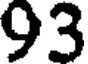
93